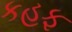
કહફ